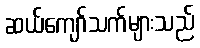
ဆယ်ကျော်သက်များသည်